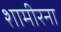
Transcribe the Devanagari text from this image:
शामीरना